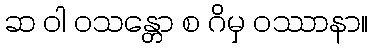
ဆ ဝါ ဝသန္တော စ ဂိမှ ဝဿာနာ။